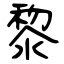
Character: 黎